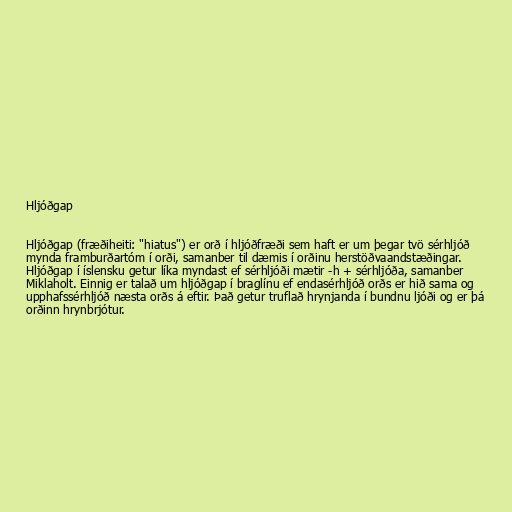
Hljóðgap

Hljóðgap (fræðiheiti: "hiatus") er orð í hljóðfræði sem haft er um þegar tvö sérhljóð
mynda framburðartóm í orði, samanber til dæmis í orðinu herstöðvaandstæðingar.
Hljóðgap í íslensku getur líka myndast ef sérhljóði mætir -h + sérhljóða, samanber
Miklaholt. Einnig er talað um hljóðgap í braglínu ef endasérhljóð orðs er hið sama og
upphafssérhljóð næsta orðs á eftir. Það getur truflað hrynjanda í bundnu ljóði og er þá
orðinn hrynbrjótur.